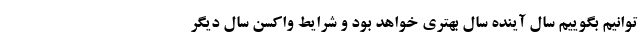
‌توانیم بگوییم سال آینده سال بهتری خواهد بود و شرایط واکسن سال دیگر